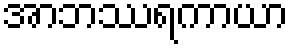
အာဘဿရကာယာ